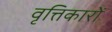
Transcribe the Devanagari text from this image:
वृत्तिकारों